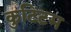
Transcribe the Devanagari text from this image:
कुटिटम